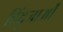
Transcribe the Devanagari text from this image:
हिंदुजाओं